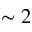
\sim 2